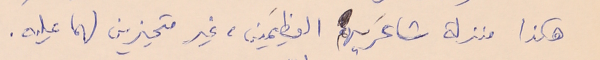
هكذا منزلة شاعرَيهم العظيمَين، غير متحيزين لهما عليه.